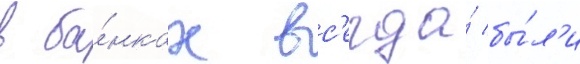
в ба́нках вс'егда́ бы́л'и